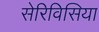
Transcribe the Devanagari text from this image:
सेरिविसिया